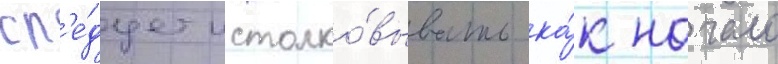
сл'е́дует истолко́вывать ка́к начало